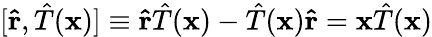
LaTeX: [\mathbf{\hat{r}},{\hat{T}}(\mathbf{x})]\equiv\mathbf{\hat{r}}{\hat{T}}(\mathbf{x})-{\hat{T}}(\mathbf{x})\mathbf{\hat{r}}=\mathbf{x}{\hat{T}}(\mathbf{x})